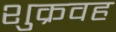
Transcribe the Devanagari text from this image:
शुक्रवह